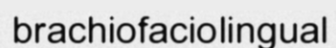
brachiofaciolingual